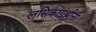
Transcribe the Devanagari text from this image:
लसिकाग्रंथीना